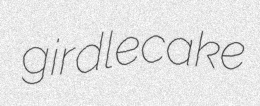
girdlecake